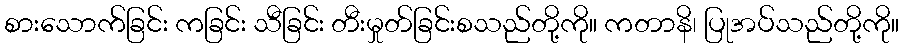
စားသောက်ခြင်း ကခြင်း သီခြင်း တီးမှုတ်ခြင်းစသည်တို့ကို။ ကတာနိ၊ ပြုအပ်သည်တို့ကို။